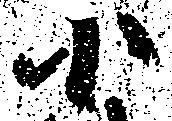
小